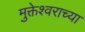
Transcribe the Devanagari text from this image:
मुक्तेश्वराच्या